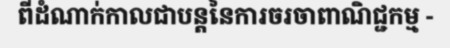
ពីដំណាក់កាលជាបន្តនៃការចរចាពាណិជ្ជកម្ម -